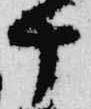
十